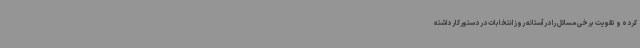
کرده و تقویت برخی مسائل را در آستانه روز انتخابات در دستورکار داشته